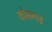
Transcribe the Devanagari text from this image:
कोसगाई